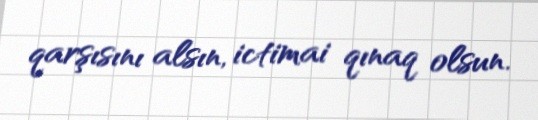
qarşısını alsın, ictimai qınaq olsun.